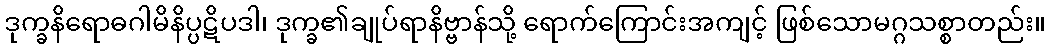
ဒုက္ခနိရောဓဂါမိနိပ္ပဋိပဒါ၊ ဒုက္ခ၏ချုပ်ရာနိဗ္ဗာန်သို့ ရောက်ကြောင်းအကျင့် ဖြစ်သောမဂ္ဂသစ္စာတည်း။